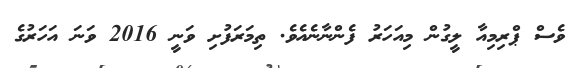
ވެސް ޕްރިމިއާ ލީގުން މިއަހަރު ފެންނާނެއެވެ. ތިމަރަފުށި ވަނީ 2016 ވަނަ އަހަރުގެ